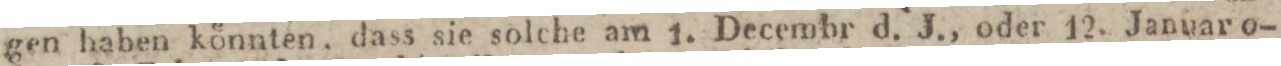
gen haben könnten, dass sie solche am 1. Decembr d. J., oder 12. Januar o-